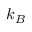
k _ { B }